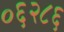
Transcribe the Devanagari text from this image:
०६२८६